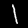
Digit: 1